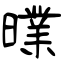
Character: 曗